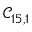
\mathcal { C } _ { 1 5 , 1 }